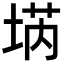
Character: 𡍝